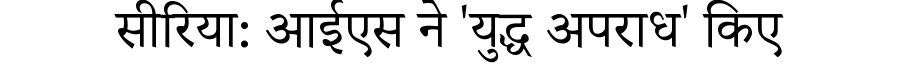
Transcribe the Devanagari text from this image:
सीरिया: आईएस ने 'युद्ध अपराध' किए